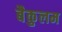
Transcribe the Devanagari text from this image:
बैकुलम